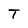
Character: T